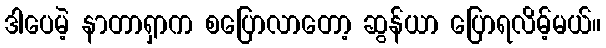
ဒါပေမဲ့ နာတာရှာက စပြောလာတော့ ဆွန်ယာ ပြောရလိမ့်မယ်။